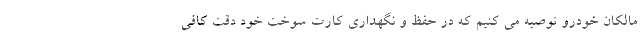
مالکان خودرو توصیه می کنیم که در حفظ و نگهداری کارت سوخت خود دقت کافی